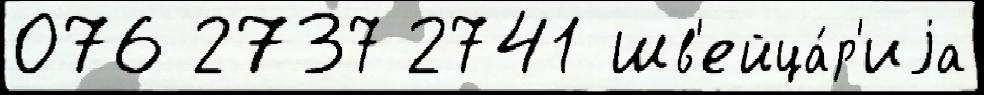
076 2737 2741 Шв'ейца́р'иjа